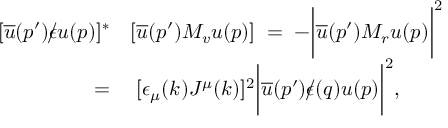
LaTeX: \begin{array} { r l } { { [ \overline { { u } } ( p ^ { \prime } ) \epsilon \! \! \! \slash u ( p ) ] ^ { * } } } & { { [ \overline { { u } } ( p ^ { \prime } ) M _ { v } u ( p ) ] \; = \; - \biggl | \overline { { u } } ( p ^ { \prime } ) M _ { r } u ( p ) \biggr | ^ { 2 } } } \\ { { \; = } } & { { \; [ \epsilon _ { \mu } ( k ) J ^ { \mu } ( k ) ] ^ { 2 } \biggl | \overline { { u } } ( p ^ { \prime } ) \epsilon \! \! \! \slash ( q ) u ( p ) \biggr | ^ { 2 } , } } \end{array}